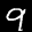
Label: 9